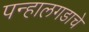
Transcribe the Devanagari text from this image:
पन्हालगडाचे